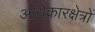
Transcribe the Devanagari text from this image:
अधिकारक्षेत्रों